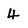
Character: 4